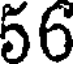
56